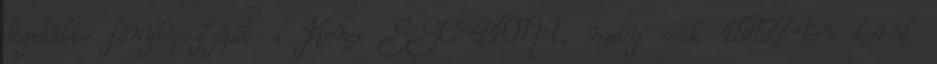
digitális fényképezőgépét a Kenox SSC-410N-t, mely csak 1997-ben kerül